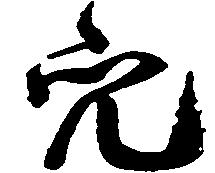
穴